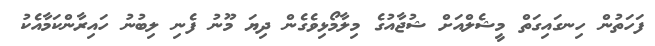
ފަހަތުން ހިނގައިގަތް މީޝެލްއަށް ޝުޖާއުގެ މިލާމޯޅިވެގެން ދިޔަ މޫނު ފެނި ލިބުނު ހައިރާންކަމާއެކު